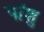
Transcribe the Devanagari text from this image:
पांशु